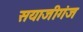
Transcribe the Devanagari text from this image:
सयाजीगंज